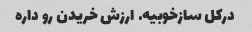
درکل سازخوبیه. ارزش خریدن رو داره